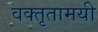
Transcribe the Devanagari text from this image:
वक्तृतामयी